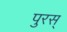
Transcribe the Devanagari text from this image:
पुरस्